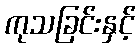
ကုသခြင်းနှင့်